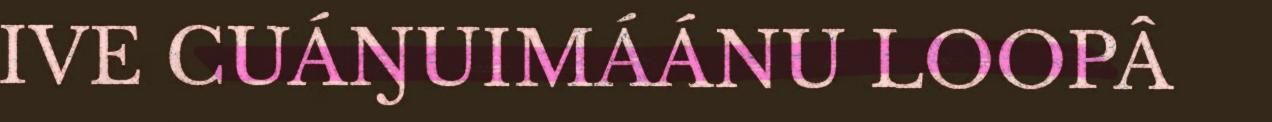
IVE CUÁŊUIMÁÁNU LOOPÂ